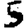
Digit: 5